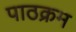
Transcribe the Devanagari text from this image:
पाठक्रम